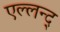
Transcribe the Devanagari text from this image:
एल्लन्द्